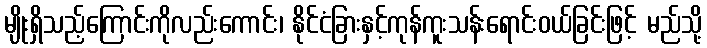
မျိုးရှိသည့်ကြောင်းကိုလည်းကောင်း၊ နိုင်ငံခြားနှင့်ကုန်ကူးသန်းရောင်းဝယ်ခြင်းဖြင့် မည်သို့